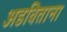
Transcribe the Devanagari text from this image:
अडविताना